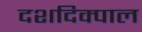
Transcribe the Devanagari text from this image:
दशदिक्पाल